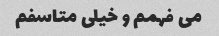
می فهمم و خیلی متاسفم